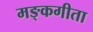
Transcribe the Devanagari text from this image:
मङ्कगीता